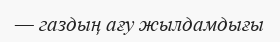
— газдың ағу жылдамдығы